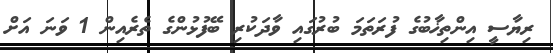
ރިޔާސީ އިންތިޚާބުގެ ފުރަތަމަ ބުރުގައި ވާދަކުރި ބޭފުޅުންގެ ތެރެއިން 1 ވަނަ އަށް